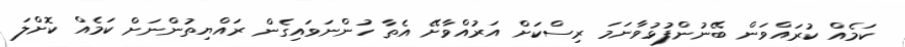
ކަމެއް ކުރައްވަން ބޭނުންފުޅުވާނަމަ ރިސްކަށް އަރުއްވާށޭ އެތާ ހުންނަވައިގެން ރައްޔިތުންނަށް ކަމެއް ކޮށްލަ